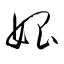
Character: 娼